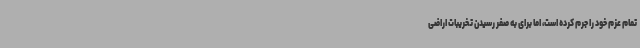
تمام عزم خود را جرم کرده است، اما برای به صفر رسیدن تخریبات اراضی